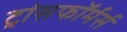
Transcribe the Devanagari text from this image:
ट्रांसफॉर्मर्स